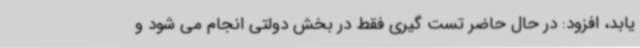
یابد، افزود: در حال حاضر تست گیری فقط در بخش دولتی انجام می شود و